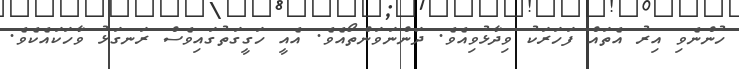
ހުންނެވި އިރު އެތައް ފަހަރަކު ވިދާޅުވިއެވެ. ދަންނަވަންތޯއެވެ. އެއީ ހަގީގަތުގައިވެސް ރަނގަޅު ވާހަކައެކެވެ.